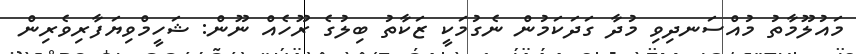
މައުލޫމާތު މުއްސަނދިވި މުދާ ގަދަކަމުން ނެގުމަކީ ޒަކާތު ބިލުގެ ރޫހެއް ނޫން: ޝަހީމްވިޔަފާރިވެރިން